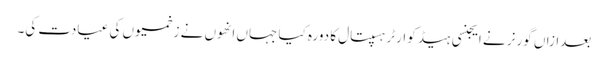
بعدازاں گورنر نے ایجنسی ہیڈ کوارٹر ہسپتال کا دورہ کیا جہاں انھوں نے زخمیوں کی عیادت کی۔